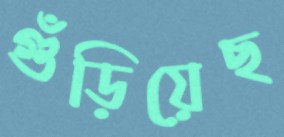
গুঁড়িয়েছ